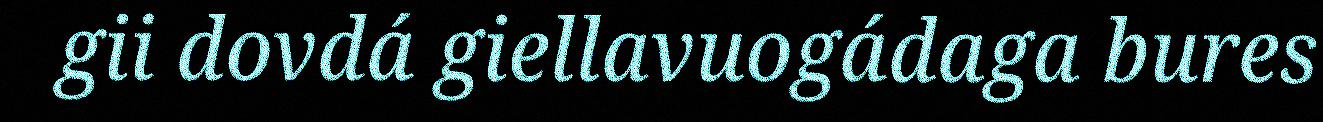
gii dovdá giellavuogádaga bures